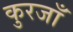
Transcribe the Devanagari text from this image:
कुरजाँ